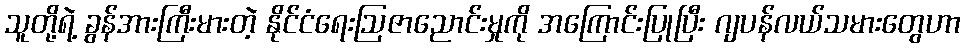
သူတို့ရဲ့ ခွန်အားကြီးမားတဲ့ နိုင်ငံရေးဩဇာညောင်းမှုကို အကြောင်းပြုပြီး ဂျပန်လယ်သမားတွေဟာ